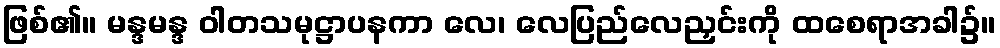
ဖြစ်၏။ မန္ဒမန္ဒ ဝါတသမုဋ္ဌာပနကာ လေ၊ လေပြည်လေညှင်းကို ထစေရာအခါ၌။